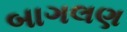
બાગલણ